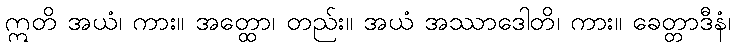
ဣတိ အယံ၊ ကား။ အတ္ထော၊ တည်း။ အယံ အဿာဒေါတိ၊ ကား။ ခေတ္တာဒီနံ၊